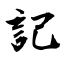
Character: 記